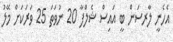
އެހެނީ ލާރސަން ބީ އައިސް ޝެލްފާ 20 ނުވަތަ 25 ވަރަކަށް މޭލު